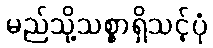
မည်သို့သစ္စာရှိသင့်ပုံ